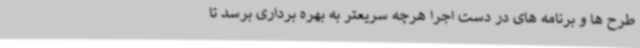
طرح ها و برنامه های در دست اجرا هرچه سریعتر به بهره برداری برسد تا